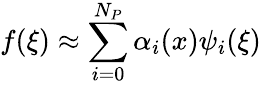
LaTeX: f(\xi)\approx\sum_{i=0}^{N_{P}}\alpha_{i}(x)\psi_{i}(\xi)